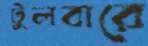
টুলবারে